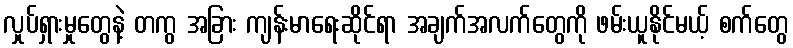
လှုပ်ရှားမှုတွေနဲ့ တကွ အခြား ကျန်းမာရေးဆိုင်ရာ အချက်အလက်တွေကို ဖမ်းယူနိုင်မယ့် စက်တွေ